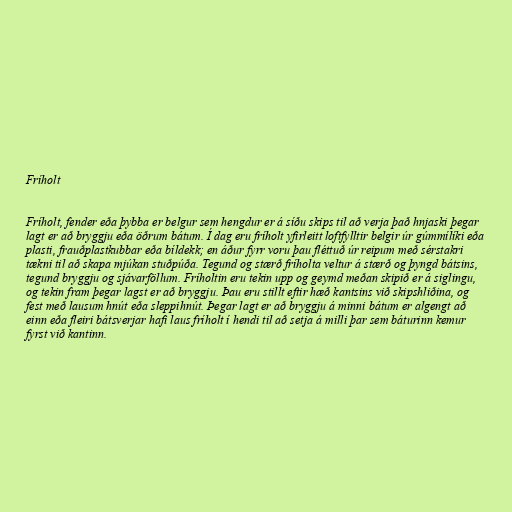
Fríholt

Fríholt, fender eða þybba er belgur sem hengdur er á síðu skips til að verja það hnjaski þegar
lagt er að bryggju eða öðrum bátum. Í dag eru fríholt yfirleitt loftfylltir belgir úr gúmmílíki eða
plasti, frauðplastkubbar eða bíldekk; en áður fyrr voru þau fléttuð úr reipum með sérstakri
tækni til að skapa mjúkan stuðpúða. Tegund og stærð fríholta veltur á stærð og þyngd bátsins,
tegund bryggju og sjávarföllum. Fríholtin eru tekin upp og geymd meðan skipið er á siglingu,
og tekin fram þegar lagst er að bryggju. Þau eru stillt eftir hæð kantsins við skipshliðina, og
fest með lausum hnút eða sleppihnút. Þegar lagt er að bryggju á minni bátum er algengt að
einn eða fleiri bátsverjar hafi laus fríholt í hendi til að setja á milli þar sem báturinn kemur
fyrst við kantinn.